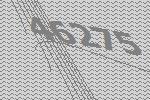
46275